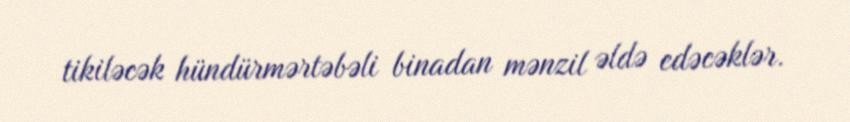
tikiləcək hündürmərtəbəli binadan mənzil əldə edəcəklər.